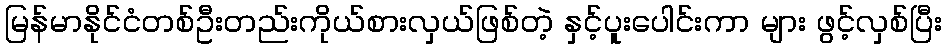
မြန်မာနိုင်ငံတစ်ဦးတည်းကိုယ်စားလှယ်ဖြစ်တဲ့ နှင့်ပူးပေါင်းကာ များ ဖွင့်လှစ်ပြီး